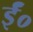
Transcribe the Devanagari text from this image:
ईं०